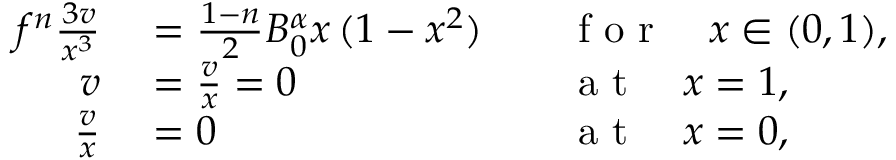
\begin{array} { r l r l } { f ^ { n } \frac { \d ^ { 3 } v } { \d x ^ { 3 } } } & { { } = \frac { 1 - n } { 2 } B _ { 0 } ^ { \alpha } x \, ( 1 - x ^ { 2 } ) } & { } & { { } \mathrm { ~ f ~ o ~ r ~ } \quad x \in ( 0 , 1 ) , } \\ { v } & { { } = \frac { \d v } { \d x } = 0 } & { } & { { } \mathrm { ~ a ~ t ~ } \quad x = 1 , } \\ { \frac { \d v } { \d x } } & { { } = 0 } & { } & { { } \mathrm { ~ a ~ t ~ } \quad x = 0 , } \end{array}